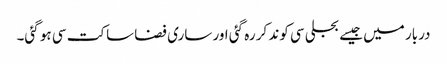
دربار میں جیسے بجلی سی کوند کر رہ گئی اور ساری فضا ساکت سی ہو گئی۔